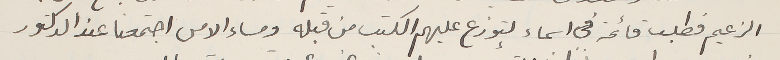
الزعيم فطلب قائمة فى اسماء لتوزع عليهم الكتب من قبله ومساء الامس اجتمعنا عند الدكتور